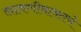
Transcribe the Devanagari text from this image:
लावणीबाबतचे